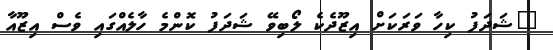
"ޝަދަފު ކިހާ ވަރަކަށް އިޒޫދެކެ ލޯބިވޭ ޝަދަފު ކޮންމެ ހާލެއްގައި ވެސް އިޒޫއާ